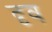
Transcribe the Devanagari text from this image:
दृव